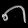
Digit: ၈